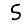
Digit: 5